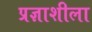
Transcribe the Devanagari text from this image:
प्रज्ञाशीला